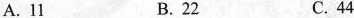
A. 11 B.22 C.44